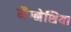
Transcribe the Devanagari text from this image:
मैग्नेशिया